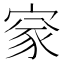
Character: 𡩙